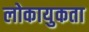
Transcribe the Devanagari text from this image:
लोकायुकता